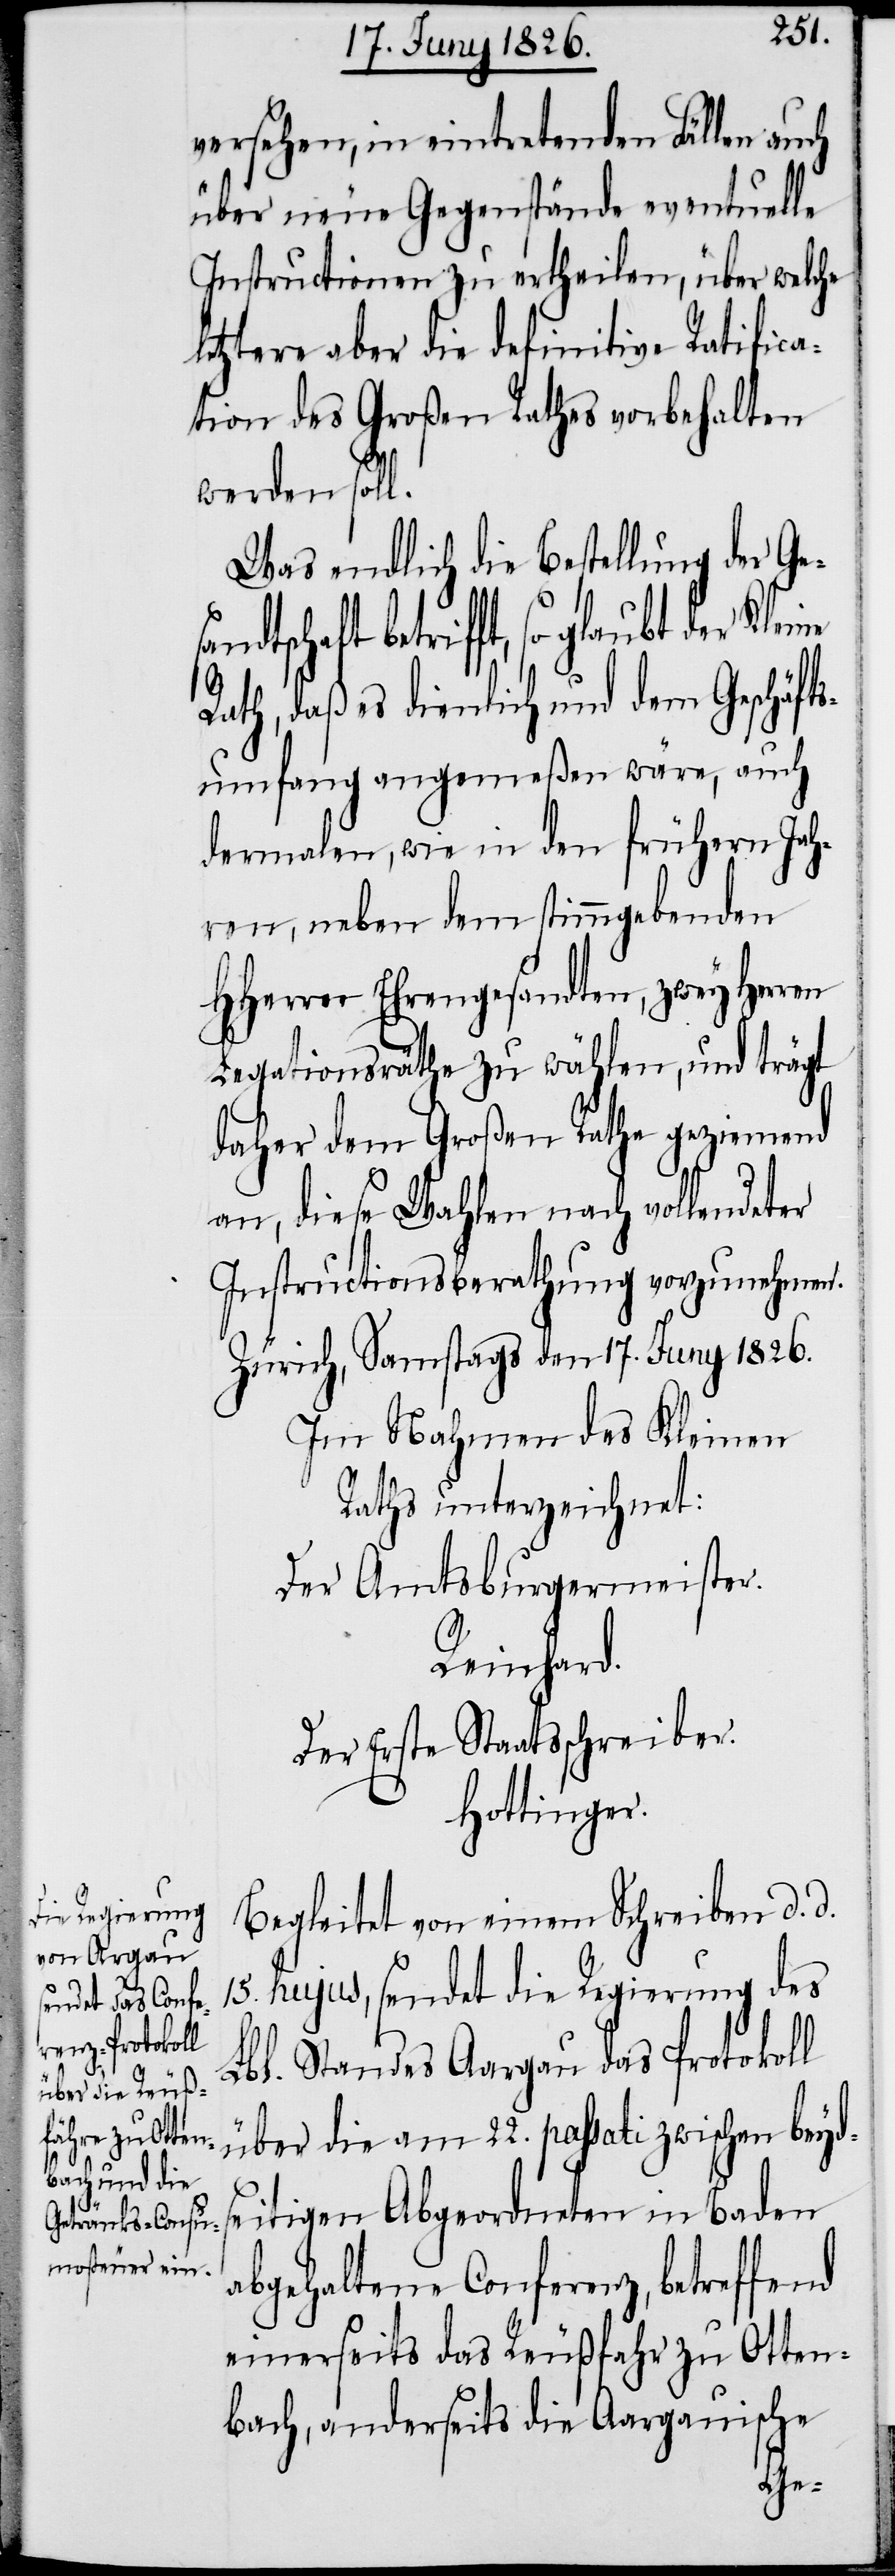
versehen, in eintretenden Fällen auch
über neue Gegenstände eventuelle
Instructionen zu ertheilen, über welche
letztere aber die definitive Ratifica¬
tion des Großen Rathes vorbehalten
werden soll.
Was endlich die Bestellung der Ges¬
andtschaft betrifft, so glaubt der
Rath, daß es dienlich und dem Geschäfts¬
umfang angemeßen wäre, auch
dermalen, wie in den frühern Jah¬
ren, neben dem stimmgebenden
HHerrn Ehrengesandten, zwey Herren
Legationsräthe zu wählen, und trägt
daher dem Großen Rathe geziemend
an, diese Wahlen nach vollendeter
Instructionsberathung vorzunehmen.
Zürich, Samstags den 17. Juny 1826.
Im Nahmen des Kleinen
Raths unterzeichnet:
Der Amtsburgermeister.
Reinhard.
Der Erste Staatsschreiber.
Hottinger.
Begleitet von einem Schreiben d. d.
15. hujus, sendet die Regierung des
Lbl. Standes Aargau das Protokoll
über die am 22. passati zwischen beyds¬
eitigen Abgeordneten in Baden
abgehaltene Conferenz, betreffend
einerseits das Reußfahr zu Otten¬
bach, anderseits die Aargauische